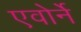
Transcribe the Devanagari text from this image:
एवोर्ने